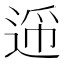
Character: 𬨪